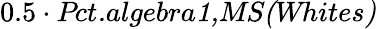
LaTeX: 0.5\cdot\textit{Pct.algebra1,MS(Whites)}